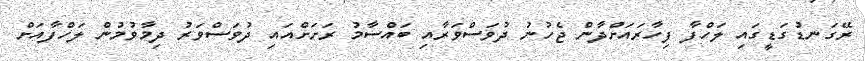
ރޭގަނޑުގަޑީގައި ލަހްފާ ފިހާރައަށްދާން ޖެހުނު ދުވަސްވަރާއި ބައްސާމު ރަށަށްއައި ދުވަސްވަރު ދިމާވުމުން ލަހްފާއަށް